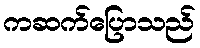
ကဆက်ပြောသည်